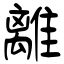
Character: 離